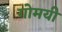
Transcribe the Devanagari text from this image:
गोमयी